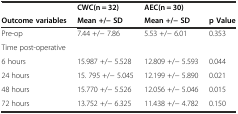
|  | CWC(n = 32) | AEC(n = 30) |  |
 | Outcome variables | Mean +/− SD | Mean +/− SD | p Value |
 | --- | --- | --- | --- |
 | Pre-op | 7.44 +/− 7.86 | 5.53 +/− 6.01 | 0.353 |
 | Time post-operative |  |  |  |
 | 6 hours | 15.987 +/− 5.528 | 12.809 +/− 5.593 | 0.044 |
 | 24 hours | 15. 795 +/− 5.045 | 12.199 +/− 5.890 | 0.021 |
 | 48 hours | 15.770 +/− 5.526 | 12.056 +/− 5.046 | 0.015 |
 | 72 hours | 13.752 +/− 6.325 | 11.438 +/− 4.782 | 0.150 |